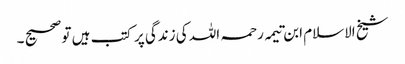
شیخ الاسلام ابن تیمہ رحمہ اللہ کی زندگی پر کتب ہیں تو صحیح ۔